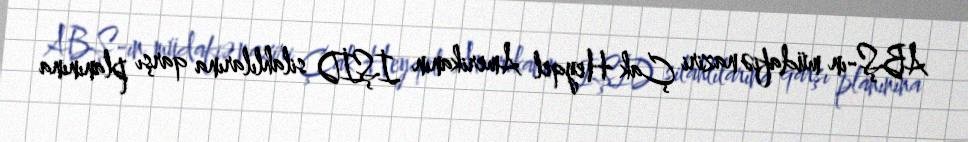
ABŞ-ın müdafiə naziri Çak Heyqel Amerikanın İŞİD silahlılarına qarşı planınına